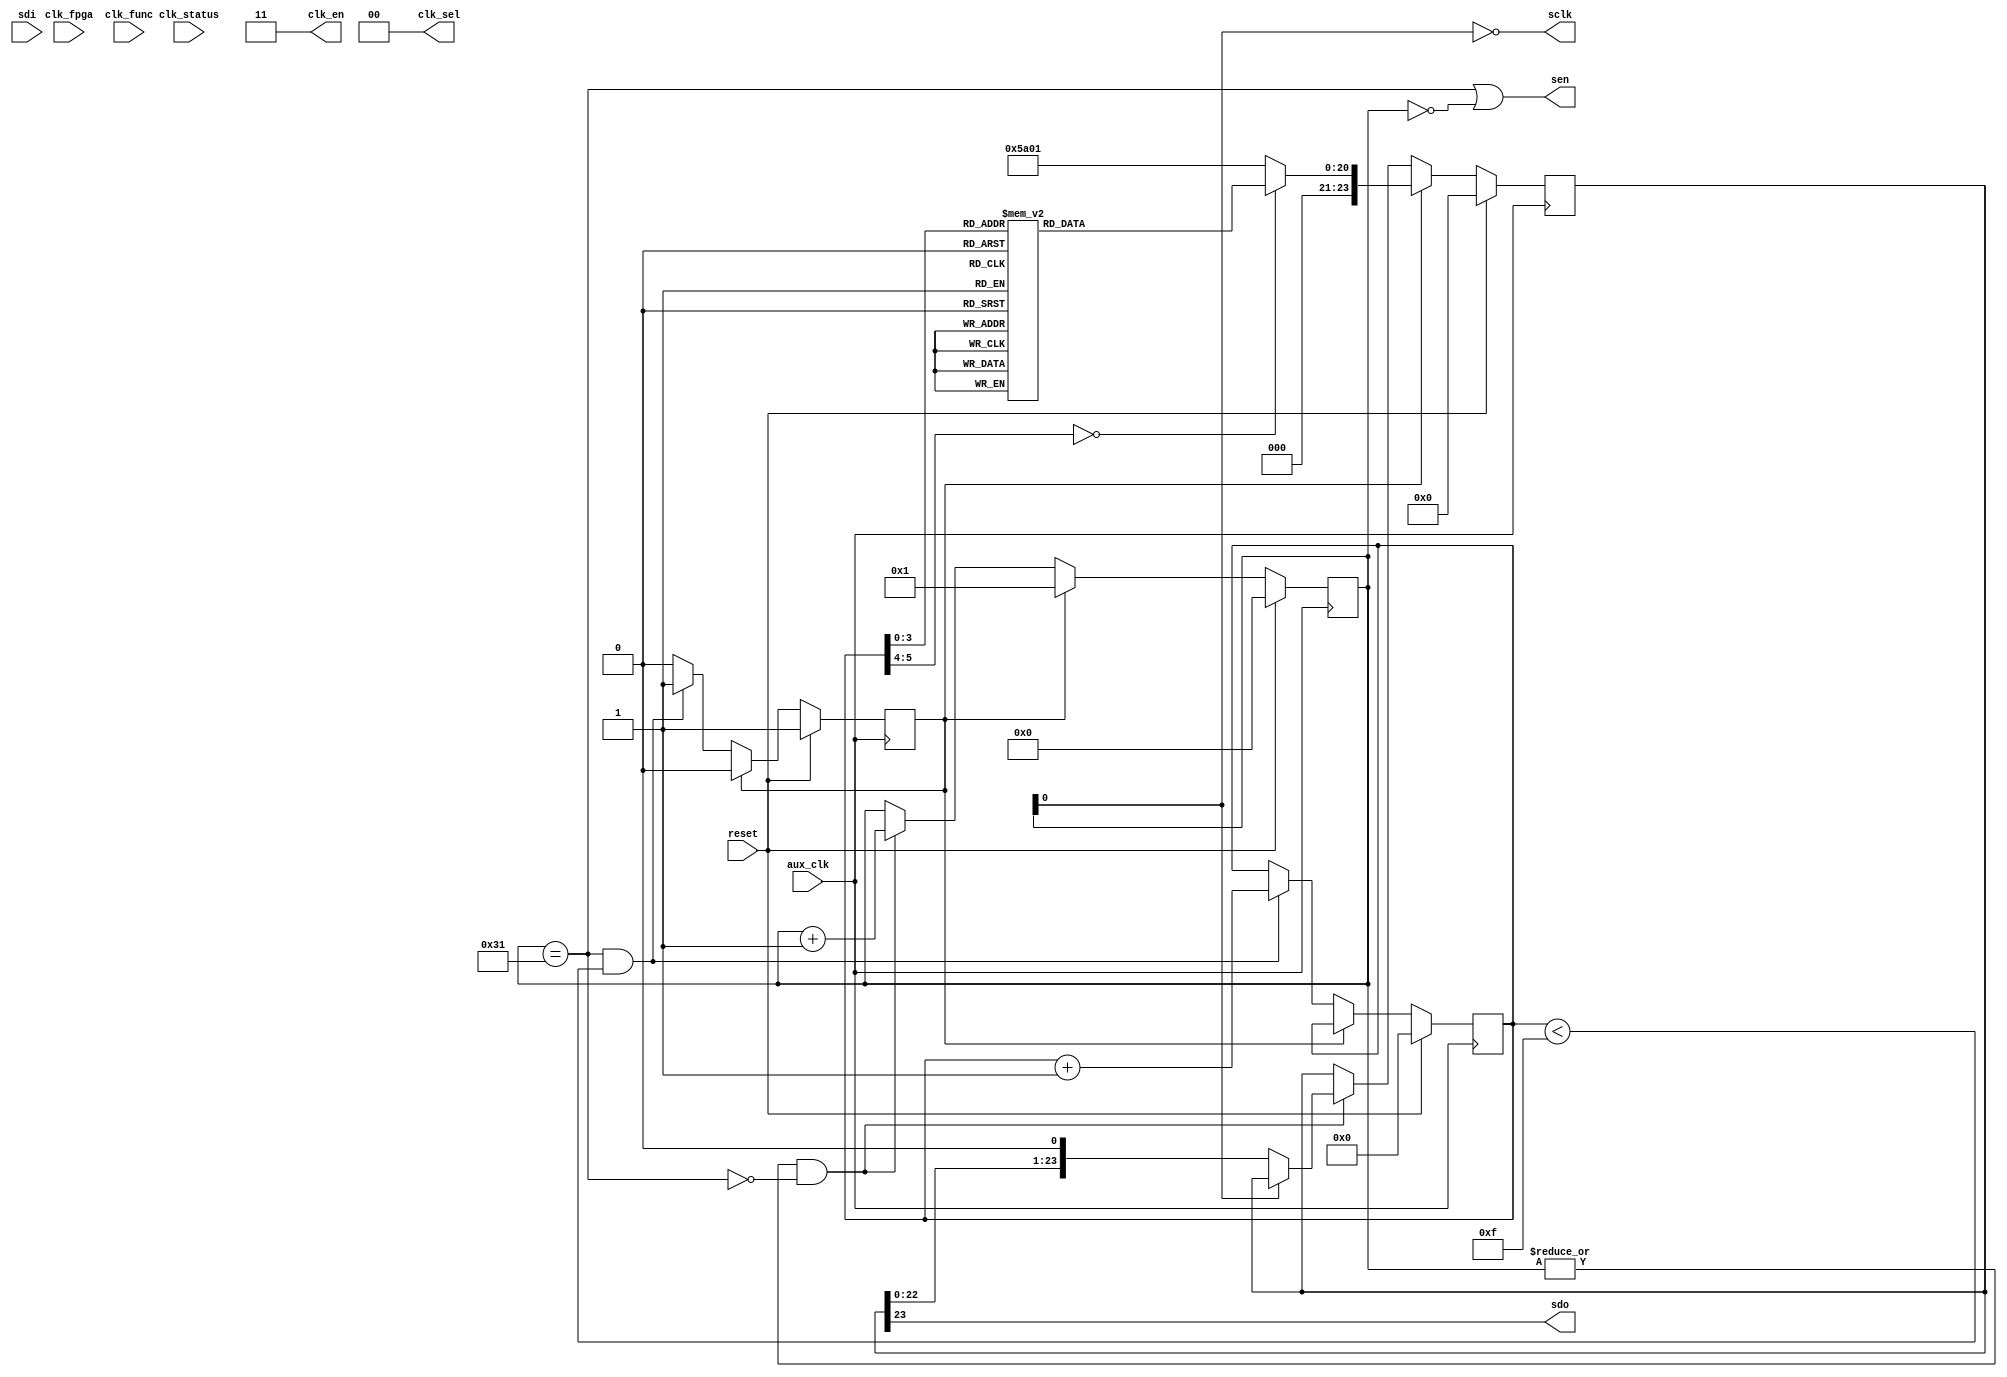
module clock_control
  (input reset,
   input aux_clk,            // 25MHz, for before fpga clock is active
   input clk_fpga,           // real 100 MHz FPGA clock
   output [1:0] clk_en,      // controls source of reference clock
   output [1:0] clk_sel,     // controls source of reference clock
   input clk_func,          // FIXME needs to be some kind of out SYNC or reset to 9510
   input clk_status,         // Monitor PLL or SYNC status
   
   output sen,        // Enable for the AD9510
   output sclk,       // FIXME these need to be shared
   input sdi,
   output sdo
   );
   
   wire   read = 1'b0;    // Always write for now
   wire [1:0] w = 2'b00;  // Always send 1 byte at a time
   
   assign     clk_sel = 2'b00;  // Both outputs from External Ref (SMA)
   assign     clk_en = 2'b11;   // Both outputs enabled
   
   reg [20:0] addr_data;

   reg [5:0]  entry;
   reg 	      start;
   reg [7:0]  counter;
   reg [23:0] command;
   
   always @*
     case(entry)
       6'd00 : addr_data = {13'h00,8'h10};   // Serial setup
       6'd01 : addr_data = {13'h45,8'h00};   // CLK2 drives distribution, everything on
       6'd02 : addr_data = {13'h3D,8'h80};   // Turn on output 1, normal levels
       6'd03 : addr_data = {13'h4B,8'h80};   // Bypass divider 1 (div by 1)
       6'd04 : addr_data = {13'h08,8'h47};   // POS PFD, Dig LK Det, Charge Pump normal	
       6'd05 : addr_data = {13'h09,8'h70};   // Max Charge Pump current
       6'd06 : addr_data = {13'h0A,8'h04};   // Normal operation, Prescalar Div by 2, PLL On
       6'd07 : addr_data = {13'h0B,8'h00};   // RDIV MSB (6 bits)
       6'd08 : addr_data = {13'h0C,8'h01};   // RDIV LSB (8 bits), Div by 1
       6'd09 : addr_data = {13'h0D,8'h00};   // Everything normal, Dig Lock Det
       6'd10 : addr_data = {13'h07,8'h00};	// Disable LOR detect - LOR causes failure...
       6'd11 : addr_data = {13'h04,8'h00};	// A Counter = Don't Care
       6'd12 : addr_data = {13'h05,8'h00};	// B Counter MSB = 0
       6'd13 : addr_data = {13'h06,8'h05};   // B Counter LSB = 5
       default : addr_data = {13'h5A,8'h01}; // Register Update
     endcase // case(entry)

   wire [5:0]  lastentry = 6'd15;
   wire        done = (counter == 8'd49);
   
   always @(posedge aux_clk)
     if(reset)
       begin
	  entry <= #1 6'd0;
	  start <= #1 1'b1;
       end
     else if(start)
       start <= #1 1'b0;
     else if(done && (entry<lastentry))
       begin
	  entry <= #1 entry + 6'd1;
	  start <= #1 1'b1;
       end
   
   always @(posedge aux_clk)
     if(reset)
       begin
	  counter <= #1 7'd0;
	  command <= #1 20'd0;
       end
     else if(start)
       begin
	  counter <= #1 7'd1;
	  command <= #1 {read,w,addr_data};
       end
     else if( |counter && ~done )
       begin
	  counter <= #1 counter + 7'd1;
	  if(~counter[0])
	    command <= {command[22:0],1'b0};
       end
   
   
   assign sen = (done | counter == 8'd0);  // CSB is high when we're not doing anything
   assign sclk = ~counter[0];
   assign sdo = command[23];
   
endmodule